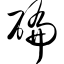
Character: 碥